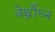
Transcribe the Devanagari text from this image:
वेर्थ्रोघ्न